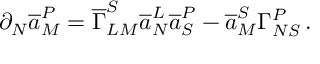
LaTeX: \partial _ { N } \overline { { { a } } } _ { M } ^ { P } = \overline { { { \Gamma } } } _ { L M } ^ { S } \overline { { { a } } } _ { N } ^ { L } \overline { { { a } } } _ { S } ^ { P } - \overline { { { a } } } _ { M } ^ { S } \Gamma _ { N S } ^ { P } \, .